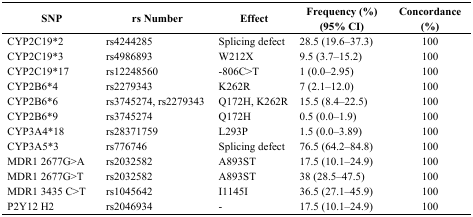
| SNP | rs Number | Effect | Frequency (%) (95% CI) | Concordance (%) |
 | --- | --- | --- | --- | --- |
 | CYP2C19*2 | rs4244285 | Splicing defect | 28.5 (19.6–37.3) | 100 |
 | CYP2C19*3 | rs4986893 | W212X | 9.5 (3.7–15.2) | 100 |
 | CYP2C19*17 | rs12248560 | −806C>T | 1 (0.0–2.95) | 100 |
 | CYP2B6*4 | rs2279343 | K262R | 7 (2.1–12.0) | 100 |
 | CYP2B6*6 | rs3745274, rs2279343 | Q172H, K262R | 15.5 (8.4–22.5) | 100 |
 | CYP2B6*9 | rs3745274 | Q172H | 0.5 (0.0–1.9) | 100 |
 | CYP3A4*18 | rs28371759 | L293P | 1.5 (0.0–3.89) | 100 |
 | CYP3A5*3 | rs776746 | Splicing defect | 76.5 (64.2–84.8) | 100 |
 | MDR1 2677G>A | rs2032582 | A893ST | 17.5 (10.1–24.9) | 100 |
 | MDR1 2677G>T | rs2032582 | A893ST | 38 (28.5–47.5) | 100 |
 | MDR1 3435 C>T | rs1045642 | I1145I | 36.5 (27.1–45.9) | 100 |
 | P2Y12 H2 | rs2046934 | - | 17.5 (10.1–24.9) | 100 |